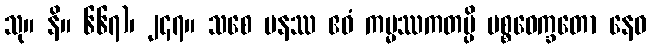
သု။ နိ။ ၆၆၇)၊ ၂၄၇။ သစေ ပနဿ ဧဝံ ကမ္မဿကတမ္ပိ ပစ္စဝေက္ခတော နေဝ